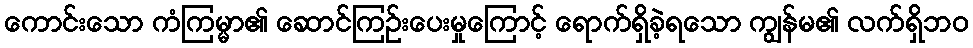
ကောင်းသော ကံကြမ္မာ၏ ဆောင်ကြဉ်းပေးမှုကြောင့် ရောက်ရှိခဲ့ရသော ကျွန်မ၏ လက်ရှိဘဝ